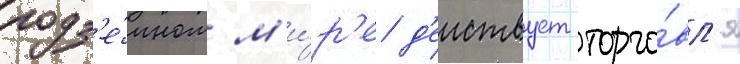
подз'е́мном м'и́р'е д'еиствует торго́вл'я